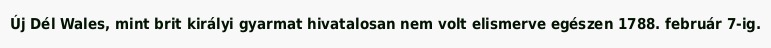
Új Dél Wales, mint brit királyi gyarmat hivatalosan nem volt elismerve egészen 1788. február 7-ig.